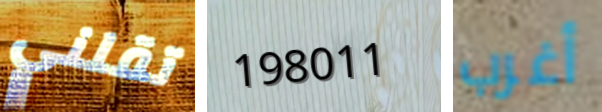
تقلني 198011 أغرب